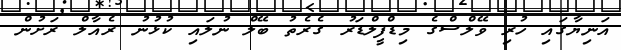
އަނިޔާގައި ހުރި ވޭލްސްގެ މިޑްފީލްޑަރު ގެރެތު ބޭލް ނުލައި ކުޅުނު ރެއާލް ރަށުން